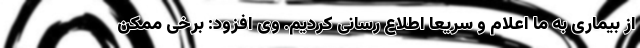
از بیماری به ما اعلام و سریعا اطلاع رسانی کردیم. وی افزود: برخی ممکن